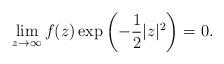
LaTeX: \begin{align*}\lim_{z\to\infty}f(z)\exp\left(-\frac12|z|^2\right)=0.\end{align*}